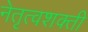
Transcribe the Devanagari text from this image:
नेतृत्वशक्ती